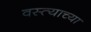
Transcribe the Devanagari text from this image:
वस्त्याच्या